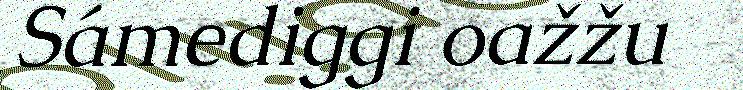
Sámediggi oažžu